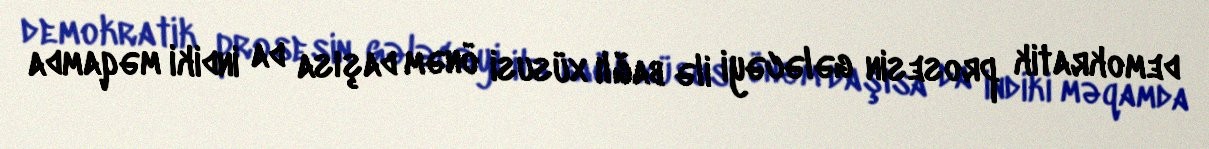
demokratik prosesin gələcəyi ilə bağlı xüsusi önəm daşısa da indiki məqamda